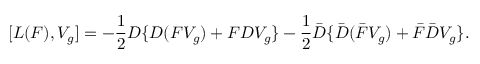
[ L ( F ) , V _ { g } ] = - \frac { 1 } { 2 } D \{ D ( F V _ { g } ) + F D V _ { g } \} - \frac { 1 } { 2 } \bar { D } \{ \bar { D } ( \bar { F } V _ { g } ) + \bar { F } \bar { D } V _ { g } \} .